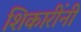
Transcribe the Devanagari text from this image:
शिकारींनी